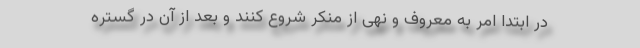
در ابتدا امر به معروف و نهی از منکر شروع کنند و بعد از آن در گستره